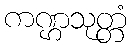
ကဏ္ဌသုတ္တံ